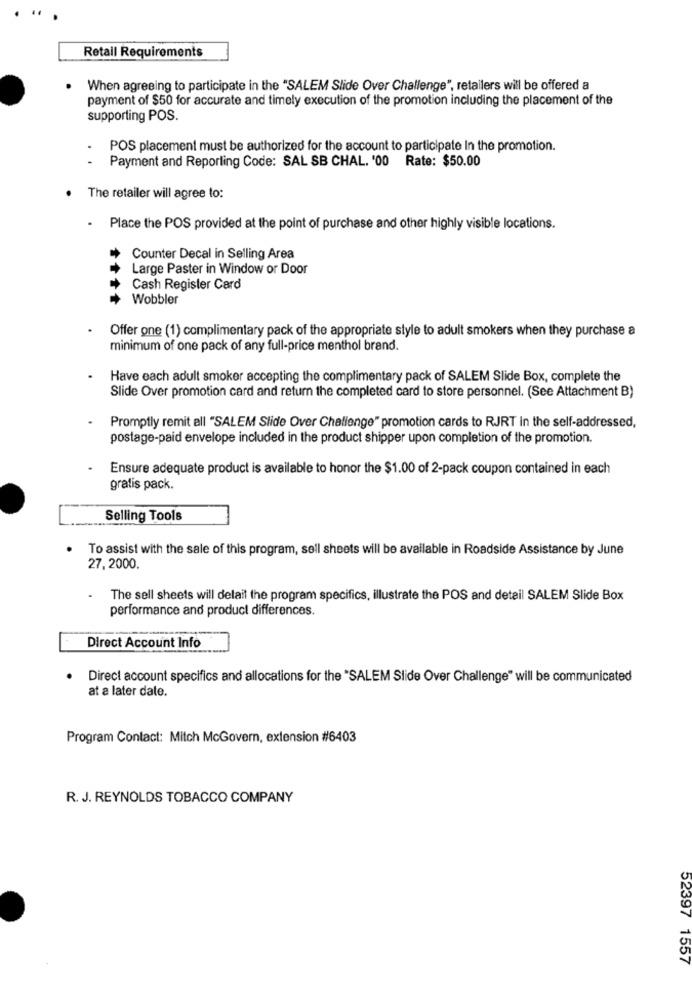
Retail Requirements
When agreeing to participate in the "SALEM Slide Over Challenge", retailers will be offered a
payment of $50 for accurate and timely execution of the promotion including the placement of the
supporting POS.
POS placement must be authorized for the account to participate In the promotion.
Payment and Reporting Code: SAL SB CHAL. '00 Rate: $50.00
The retailer will agree to:
. Place the POS provided at the point of purchase and other highly visible locations.
Counter Decal in Selling Area
Large Paster in Window or Door
Cash Register Card
Wobbler
Offer one (1) complimentary pack of the appropriate style to adult smokers when they purchase a
minimum of one pack of any full-price menthol brand.
Have each adult smoker accepting the complimentary pack of SALEM Slide Box, complete the
Slide Over promotion card and return the completed card to store personnel. (See Attachment B)
Promptly remit all "SALEM Slide Over Challenge" promotion cards to RJRT in the self-addressed,
postage-paid envelope included in the product shipper upon completion of the promotion.
Ensure adequate product is available to honor the $1.00 of 2-pack coupon contained in each
gratis pack.
Selling Tools
To assist with the sale of this program, sell sheets will be available in Roadside Assistance by June
27,2000.
.
The sell sheets will delait the program specifics, illustrate the POS and detail SALEM Slide Box
performance and product differences.
Direct Account Info
Direct account specifics and allocations for the "SALEM Slide Over Challenge" will be communicated
at a later date.
Program Contact: Mitch McGovern, extension #6403
R. J. REYNOLDS TOBACCO COMPANY
52397 1557